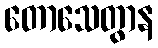
တောသေတွာန